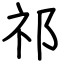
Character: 祁